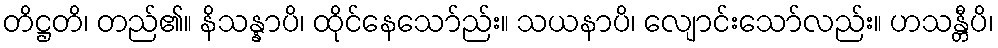
တိဋ္ဌတိ၊ တည်၏။ နိသန္နာပိ၊ ထိုင်နေသော်ည်း။ သယနာပိ၊ လျောင်းသော်လည်း။ ဟသန္တီပိ၊